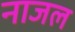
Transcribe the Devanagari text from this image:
नाजल